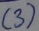
Text: (3)